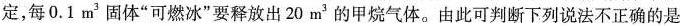
定，每0.1m^{3}固体”可燃冰”要释放出20m^{3}的甲烷气体。由此可判断下列说法不正确的是